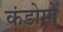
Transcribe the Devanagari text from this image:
कंडोमों